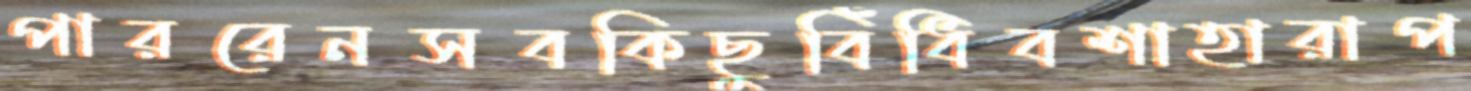
পাররেনসবকিছুবিঁধিবশাহারাপ